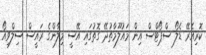
ކޮރިއެރޭ ޑެލޯ ސްޕޯޓްސް އިން މައުލޫމާތުދޭ ގޮތުގައި އޭސީ މިލާންގެ ރައީސް ސިލްވިއޯ